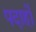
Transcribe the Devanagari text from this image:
पदार्हों